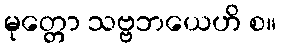
မုတ္တော သဗ္ဗဘယေဟိ စ။